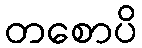
တစောပိ